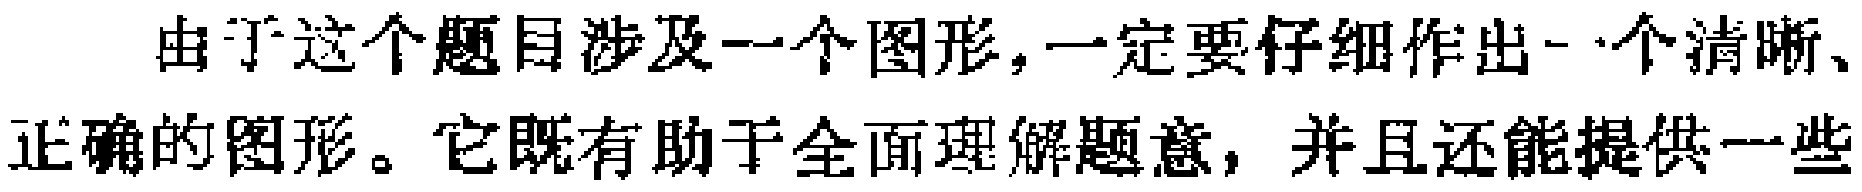
由于这个题目涉及一个图形,一定要仔细作出一个清晰、
正确的图形。它既有助于全面理解题意，并且还能提供一些